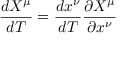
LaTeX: { \frac { d X ^ { \mu } } { d T } } = { \frac { d x ^ { \nu } } { d T } } { \frac { \partial X ^ { \mu } } { \partial x ^ { \nu } } }